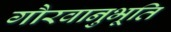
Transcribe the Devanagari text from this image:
गौरवानुभूति